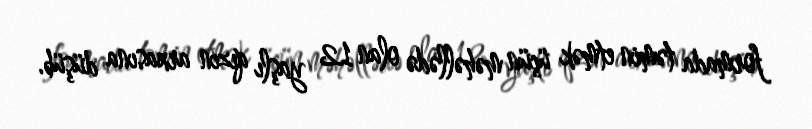
formada təmin etmək üçün məhəllədə olan 12 yaşlı qızın arxasına düşüb.